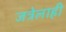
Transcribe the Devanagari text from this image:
जत्रेलाही